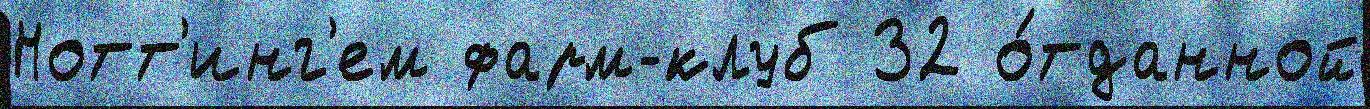
Нотт'инг'ем фарм-клуб 32 о́тданной